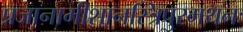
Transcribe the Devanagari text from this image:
प्रजानामीशानस्त्रिपुरमथनः